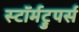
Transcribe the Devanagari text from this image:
स्टॉर्मट्रुपर्स